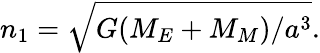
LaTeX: n_{1}=\sqrt{G(M_{E}+M_{M})/a^{3}}.